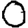
Digit: 0